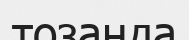
тозаңда